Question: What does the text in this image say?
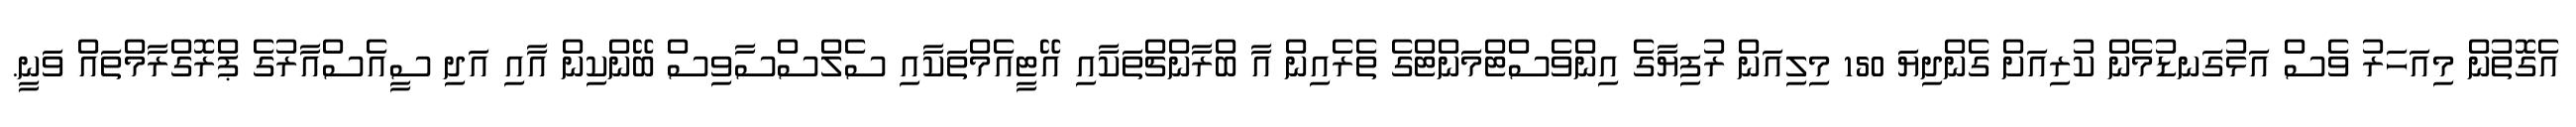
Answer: އެގޮތުން މިއަހަރު ވެސް އަޅުގަނޑުމެން ކުރިއަށް ގެންދިޔަ 150 މިލިއަން ރުފިޔާގެ އިންވެސްޓްމަންޓްގެ ތެރެއިން އާ ބްރާންޗްތަކާއި އޭޓީއެމްތަކާއި ސެލްސްސާވިސް ބޭންކިން އާއި އަދި ސީއެސްއާރުގެ ޕްރޮގްރާމްތައް ވަނީ.